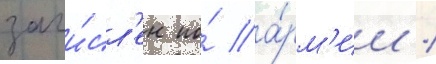
зачи́сл'ен по́ а́рм'ии /